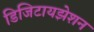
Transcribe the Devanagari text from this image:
डिजिटायझेशन